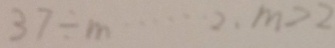
3 7 \div m \cdots 2 . m > 2